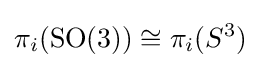
\pi _{i}(\mathrm {SO} (3))\cong \pi _{i}(S^{3})